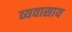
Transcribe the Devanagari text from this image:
व्यवासाय